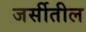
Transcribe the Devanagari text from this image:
जर्सीतील